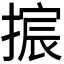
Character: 𫽴